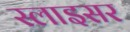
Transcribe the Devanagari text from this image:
स्लाइसर